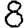
Digit: 8